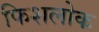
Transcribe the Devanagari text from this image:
फिशलोक